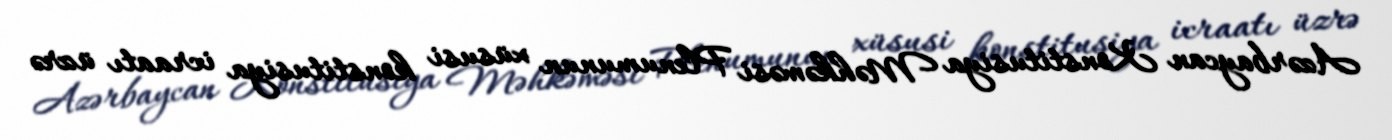
Azərbaycan Konstitusiya Məhkəməsi Plenumunun xüsusi konstitusiya icraatı üzrə